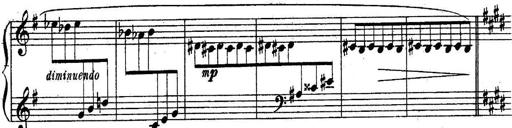
Title: Sonatine
Composer: Adrian Shaposhnikov
Key: E minor